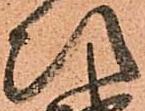
次